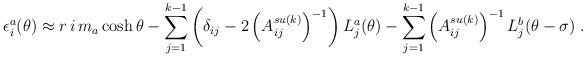
LaTeX: \begin{align*}\epsilon _{i}^{a}(\theta )\approx r\,i\,m_{a}\cosh \theta-\sum_{j=1}^{k-1}\left( \delta _{ij}-2\left( A_{ij}^{su(k)}\right)^{-1}\right) L_{j}^{a}(\theta )-\sum_{j=1}^{k-1}\left( A_{ij}^{su(k)}\right)^{-1}L_{j}^{b}(\theta -\sigma )\;. \end{align*}